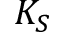
K _ { S }